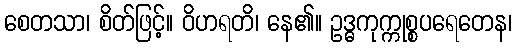
စေတသာ၊ စိတ်ဖြင့်။ ဝိဟရတိ၊ နေ၏။ ဥဒ္ဓကုက္ကုစ္စပရေတေန၊